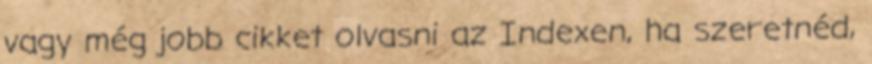
vagy még jobb cikket olvasni az Indexen, ha szeretnéd,